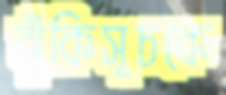
ঝুঁকিসূচকে